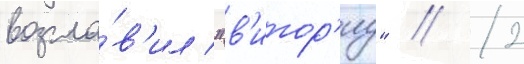
возгла́в'ил "в'итор'иу" // 2